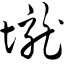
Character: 垅